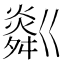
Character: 𤏞